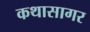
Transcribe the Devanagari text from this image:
कथासागर